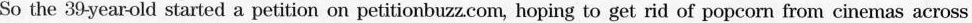
So the 39 yearold started a petition on petitionbuzzcom, hoping to get rid of popcorn from cinemas across